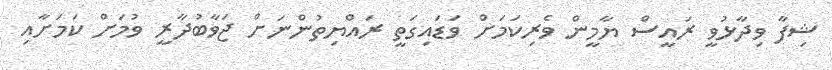
ޝިފާ ވިދާޅުވީ ރައީސް ޔާމީން ވެރިކަމަށް ވަޑައިގަތީ ރައްޔިތުންނަށް ޖަވާބުދާރީ ވުމަށް ކަމަށާއި